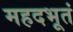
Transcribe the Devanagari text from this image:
महदभूतं